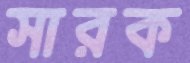
সারক